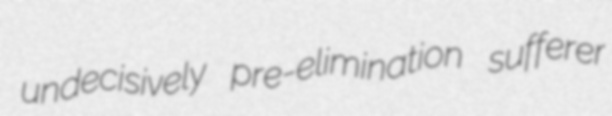
undecisively pre-elimination sufferer